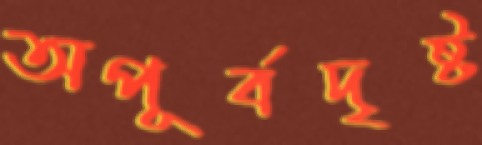
অপূর্বদৃষ্ট